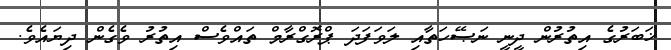
ޚަބަރުގެ އިތުރުން ދީނީ ނަޞޭހަތާއި ލަވަފަދަ ޕްރޮގްރާމް ތައްވެސް އިތުރު ވެގެން ދިޔައެވެ.